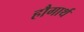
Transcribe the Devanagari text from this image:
हौगार्थ